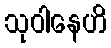
သုဝါနေဟိ